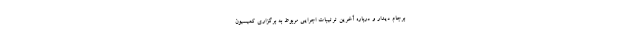
برجام دیدار و درباره آخرین ترتیبات اجرایی مربوط به برگزاری کمیسیون